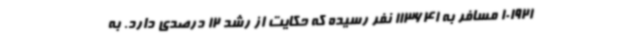
101921 مسافر به 113641 نفر رسیده که حکایت از رشد 12 درصدی دارد. به